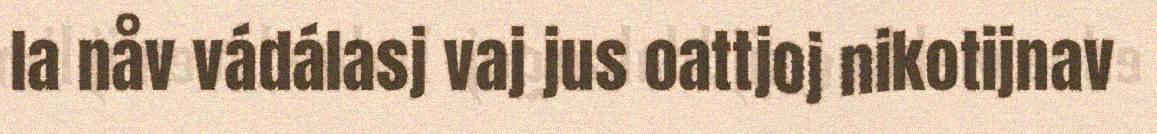
la nåv vádálasj vaj jus oattjoj nikotijnav